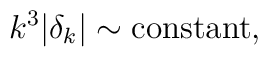
k^3\vert\delta_k\vert\sim {\rm constant},